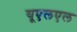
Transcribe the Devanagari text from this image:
यूएलएल